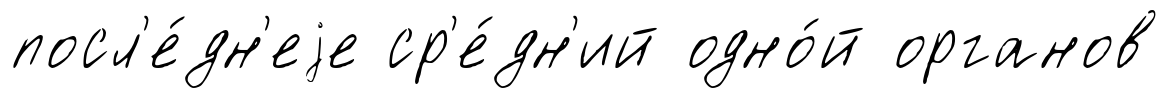
посл'е́дн'еjе ср'е́дн'ий одно́й органов